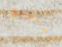
أستطيع